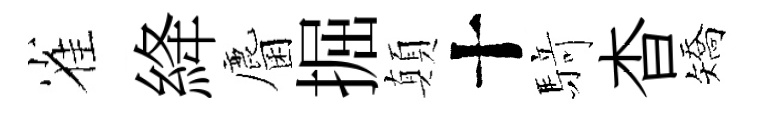
雀絳麕掘顛十𮪍杳矯